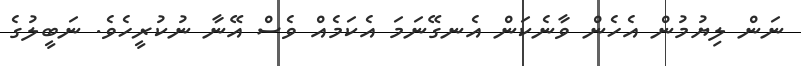
ނަން ލިޔުމުން އެހެން ވާނެކަން އެނގޭނަމަ އެކަމެއް ވެސް އޭނާ ނުކުރީހެވެ. ނަބީލުގެ